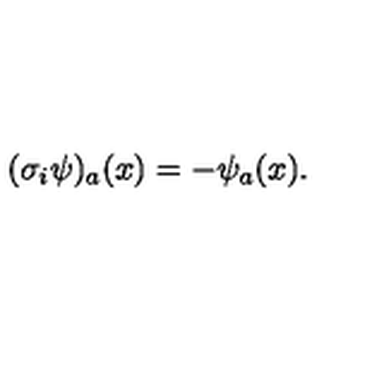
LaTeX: ( \sigma _ { i } \psi ) _ { a } ( x ) = - \psi _ { a } ( x ) .